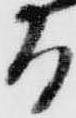
る